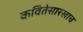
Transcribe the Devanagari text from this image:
कवितेसारखाच